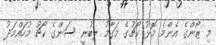
މި ޒޯންގެ އެންމެ މޮޅު ކޯޗުގެ މަގާމު ލިބުނީ ސަންގެ ކޯޗު މުހައްމަދު